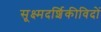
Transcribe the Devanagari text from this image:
सूक्ष्मदर्शिकीविदों